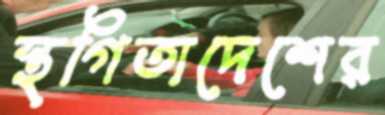
স্থগিতাদেশের